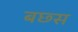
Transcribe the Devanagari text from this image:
बछ्स